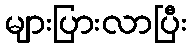
များပြားလာပြီး